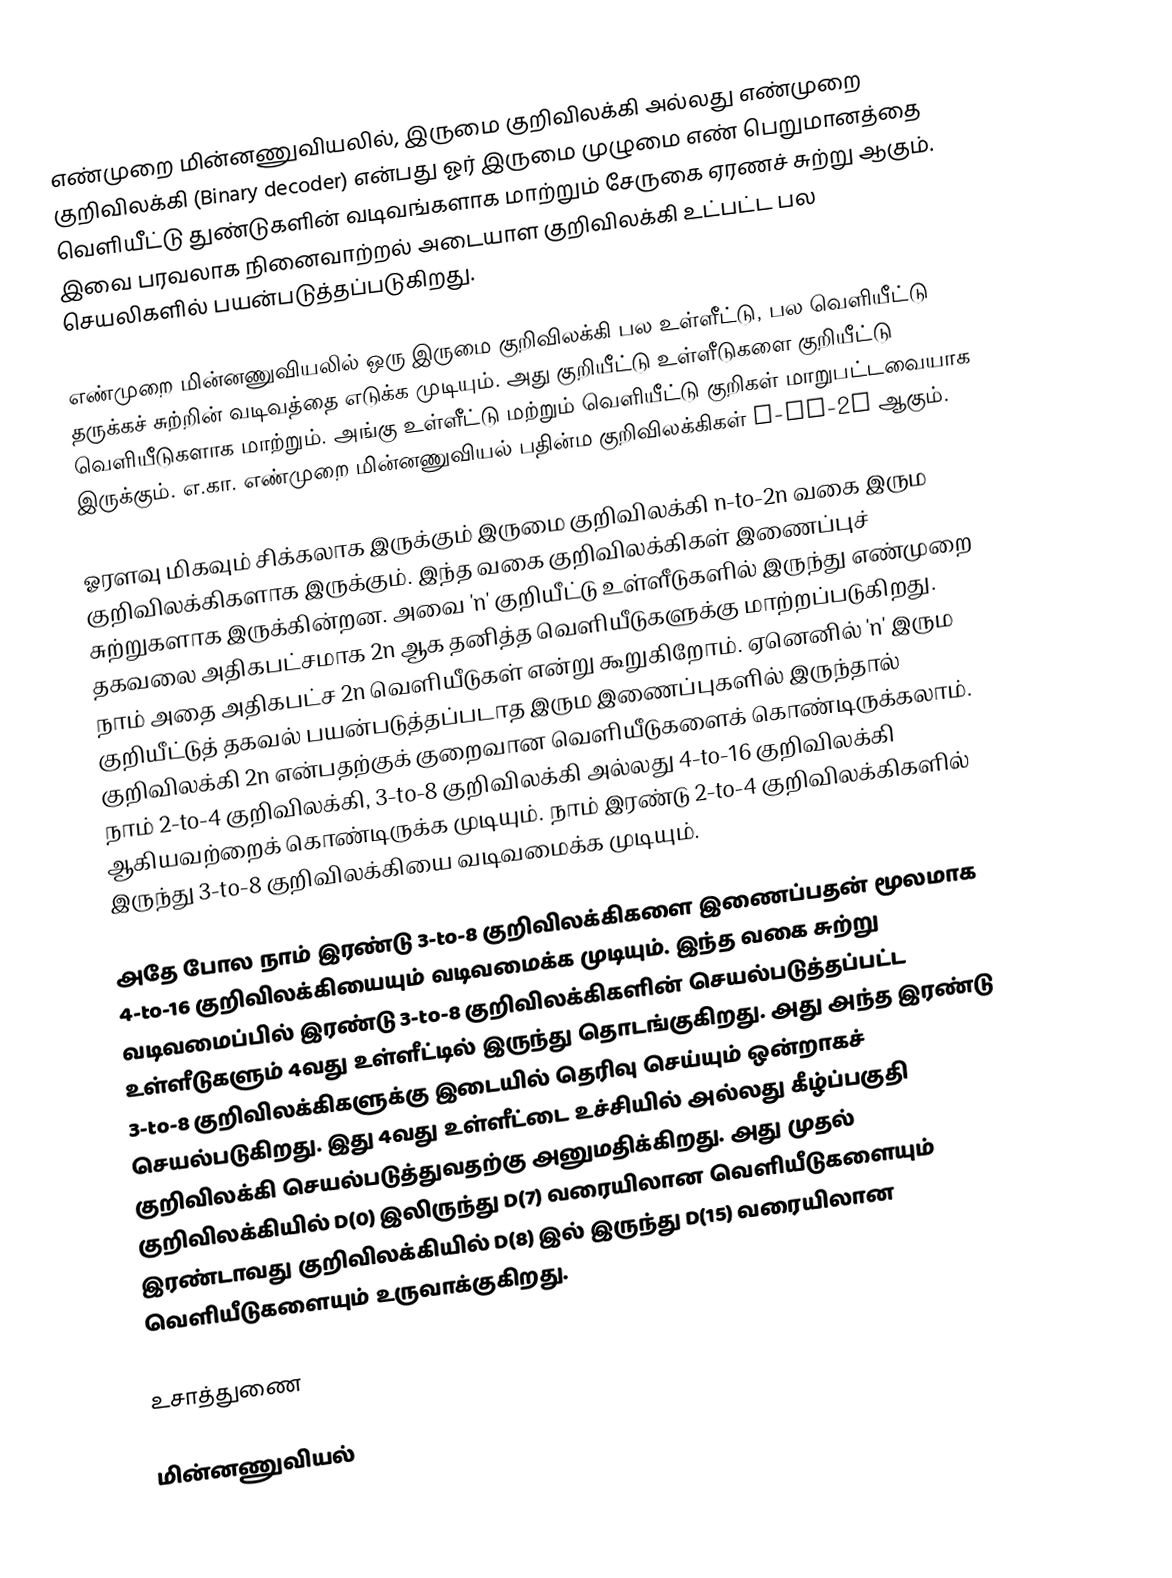
எண்முறை மின்னணுவியலில், இருமை குறிவிலக்கி அல்லது எண்முறை குறிவிலக்கி (Binary decoder) என்பது ஓர் இருமை முழுமை எண் பெறுமானத்தை வெளியீட்டு துண்டுகளின் வடிவங்களாக மாற்றும் சேருகை ஏரணச் சுற்று ஆகும். இவை பரவலாக நினைவாற்றல் அடையாள குறிவிலக்கி உட்பட்ட பல செயலிகளில் பயன்படுத்தப்படுகிறது.

எண்முறை மின்னணுவியலில் ஒரு இருமை குறிவிலக்கி பல உள்ளீட்டு, பல வெளியீட்டு தருக்கச் சுற்றின் வடிவத்தை எடுக்க முடியும். அது குறியீட்டு உள்ளீடுகளை குறியீட்டு வெளியீடுகளாக மாற்றும். அங்கு உள்ளீட்டு மற்றும் வெளியீட்டு குறிகள் மாறுபட்டவையாக இருக்கும். எ.கா. எண்முறை மின்னணுவியல் பதின்ம குறிவிலக்கிகள் n-to-2n ஆகும்.

ஓரளவு மிகவும் சிக்கலாக இருக்கும் இருமை குறிவிலக்கி n-to-2n வகை இரும குறிவிலக்கிகளாக இருக்கும். இந்த வகை குறிவிலக்கிகள் இணைப்புச் சுற்றுகளாக இருக்கின்றன. அவை 'n' குறியீட்டு உள்ளீடுகளில் இருந்து எண்முறை தகவலை அதிகபட்சமாக 2n ஆக தனித்த வெளியீடுகளுக்கு மாற்றப்படுகிறது. நாம் அதை அதிகபட்ச  2n வெளியீடுகள் என்று கூறுகிறோம். ஏனெனில் 'n' இரும குறியீட்டுத் தகவல் பயன்படுத்தப்படாத இரும இணைப்புகளில் இருந்தால் குறிவிலக்கி 2n என்பதற்குக் குறைவான வெளியீடுகளைக் கொண்டிருக்கலாம். நாம் 2-to-4 குறிவிலக்கி, 3-to-8 குறிவிலக்கி அல்லது 4-to-16 குறிவிலக்கி ஆகியவற்றைக் கொண்டிருக்க முடியும். நாம் இரண்டு 2-to-4 குறிவிலக்கிகளில் இருந்து 3-to-8 குறிவிலக்கியை வடிவமைக்க முடியும்.

அதே போல நாம் இரண்டு 3-to-8 குறிவிலக்கிகளை இணைப்பதன் மூலமாக 4-to-16 குறிவிலக்கியையும் வடிவமைக்க முடியும். இந்த வகை சுற்று வடிவமைப்பில் இரண்டு 3-to-8 குறிவிலக்கிகளின் செயல்படுத்தப்பட்ட உள்ளீடுகளும் 4வது உள்ளீட்டில் இருந்து தொடங்குகிறது. அது அந்த இரண்டு 3-to-8 குறிவிலக்கிகளுக்கு இடையில் தெரிவு செய்யும் ஒன்றாகச் செயல்படுகிறது. இது 4வது உள்ளீட்டை உச்சியில் அல்லது கீழ்ப்பகுதி குறிவிலக்கி செயல்படுத்துவதற்கு அனுமதிக்கிறது. அது முதல் குறிவிலக்கியில் D(0) இலிருந்து D(7) வரையிலான வெளியீடுகளையும் இரண்டாவது குறிவிலக்கியில் D(8) இல் இருந்து D(15) வரையிலான வெளியீடுகளையும் உருவாக்குகிறது.

உசாத்துணை

மின்னணுவியல்